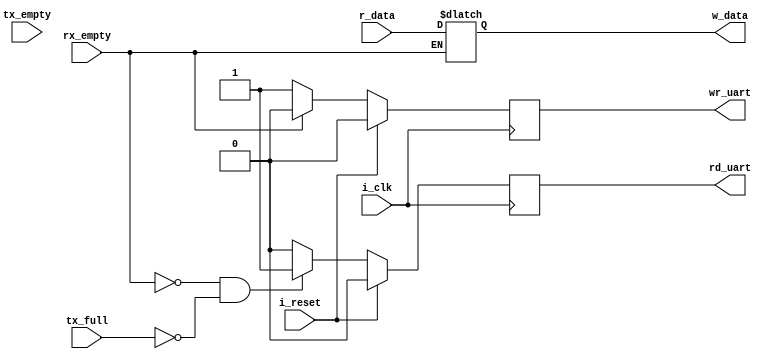
`timescale 1ns / 1ps
module uart_use
	#(
	parameter M1 = 8
	)
	(
	input 	wire 			tx_full,
	input 	wire 			rx_empty,
	input 	wire [7:0] 	r_data,
	input 	wire			i_reset,
	input wire             i_clk,
	input wire             tx_empty,
	output 	wire [7:0] 	w_data,
	output 	wire 			rd_uart,
	output 	wire 			wr_uart
   );

	
	reg [7:0] datos;
	reg rd,wr;
	
	assign w_data = datos;
	
	always @ (*)
	begin
	   if(rx_empty != 1)
	       datos <= r_data;
	end
//	always @ (posedge i_clk)
//		if(i_reset)
//		begin
//			rd <= 1'b0;
//			wr <= 1'b0;
//		end
//		else
//		if(rx_empty != 1 && tx_full != 1)
//		begin
//			rd <= 1'b1;
//			wr <= 1'b1;
//		end
	
	always @(posedge i_clk)
	   if(i_reset)
	   begin
	       rd <= 1'b0;
	   end
	   else
	   if(rx_empty !=1 && tx_full != 1)
	   begin
	   rd <=1'b1;
	   end
	   else
	   begin
	       rd <=1'b0;
	   end
	
	   always @(posedge i_clk)
	   if(i_reset)
	   begin
	       wr<= 1'b0;   
	   end
	   else
	   if(rx_empty != 1)
	   begin
	       wr <=1'b1;
	   end
	   else
	   begin
	       wr <=1'b0;
	   end
			
	assign rd_uart = rd;
	assign wr_uart = wr;
	
endmodule